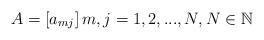
LaTeX: \begin{align*}A=\left[ a_{mj}\right] m,j=1,2,...,N,N\in \mathbb{N} \end{align*}